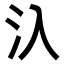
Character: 𣱿